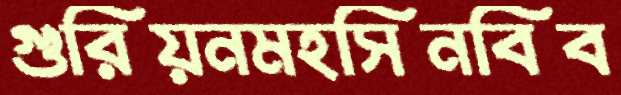
গুরিয়নমহসিনবিব